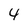
Character: 4